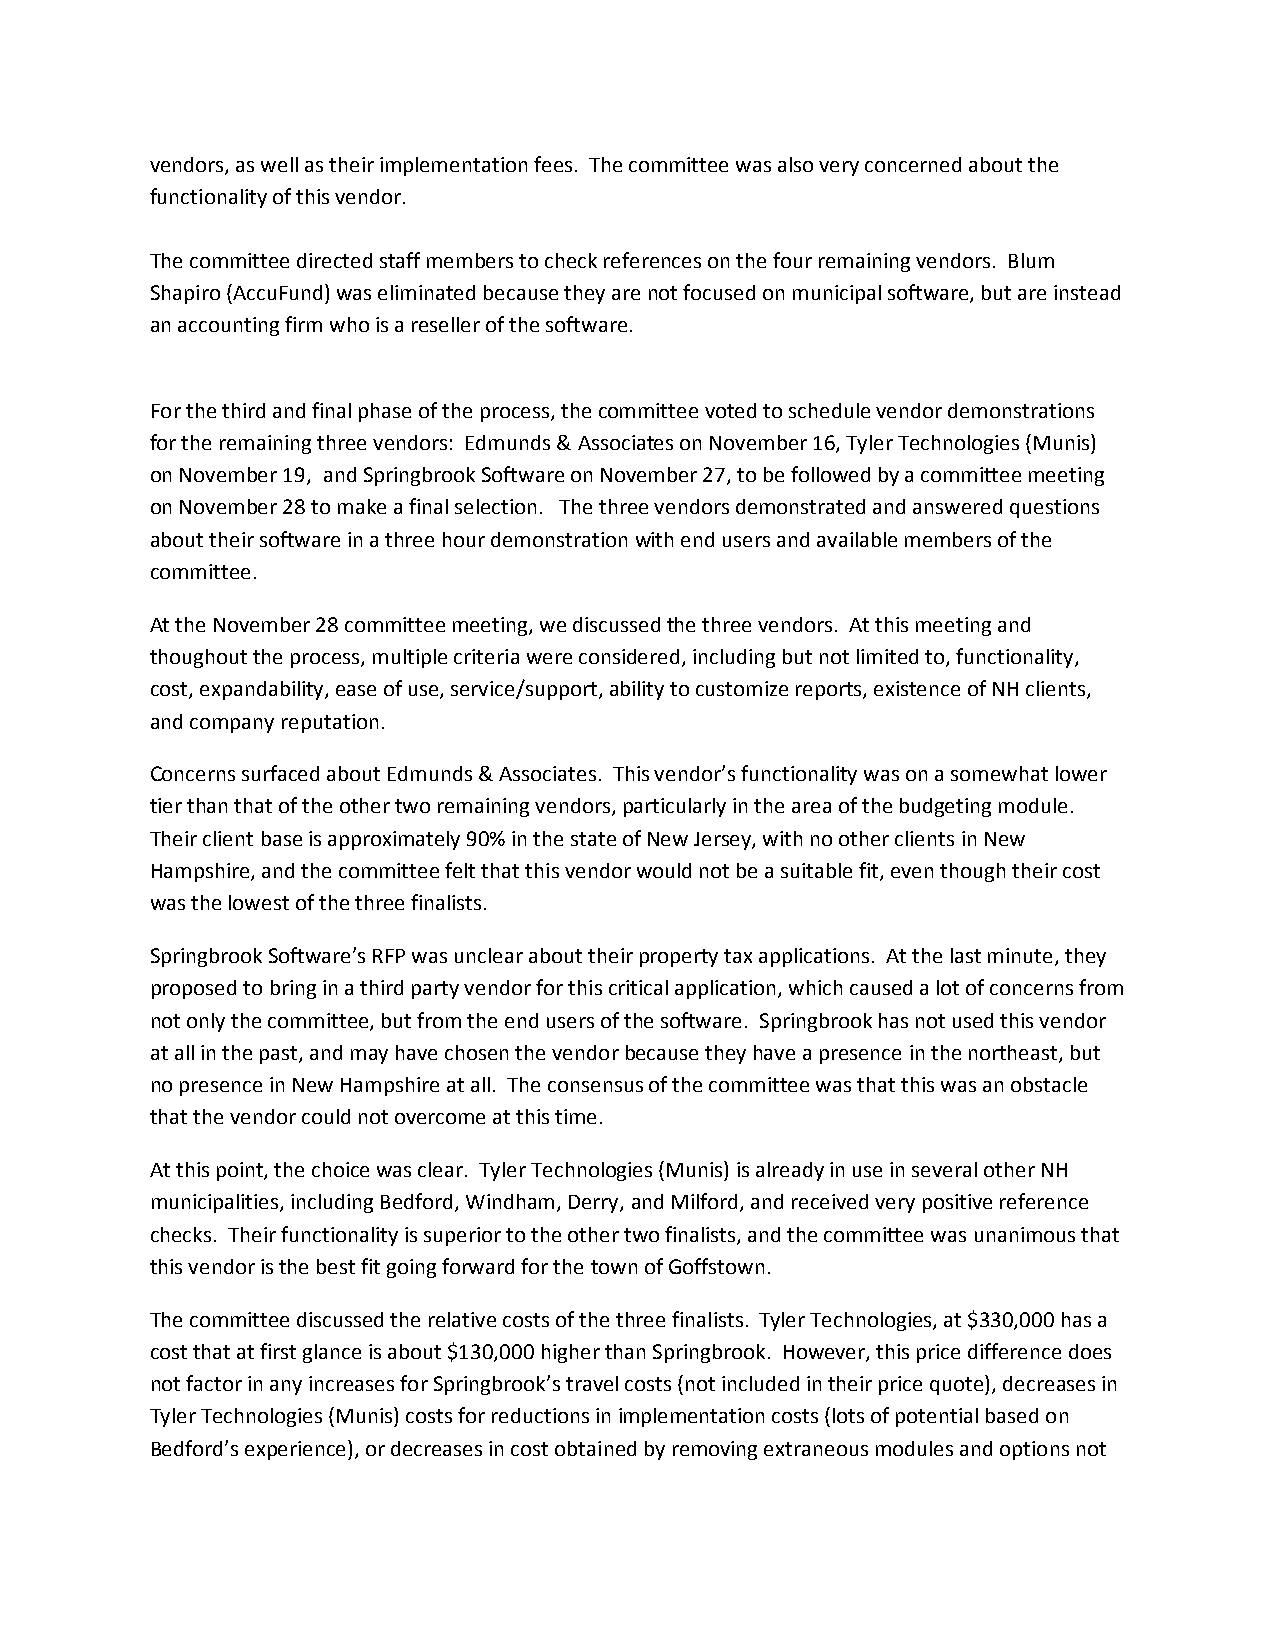
vendors, as well as their implementation fees. The committee was also very concerned about the
 functionality of this vendor.
 The committee directed staff members to check references on the four remaining vendors. Blum
 Shapiro (AccuFund) was eliminated because they are not focused on municipal software, but are instead
 an accounting firm who is a reseller of the software.
 For the third and final phase of the process, the committee voted to schedule vendor demonstrations
 for the remaining three vendors: Edmunds & Associates on November 16, Tyler Technologies (Munis)
 on November 19, and Springbrook Software on November 27, to be followed by a committee meeting
 on November 28 to make a final selection. The three vendors demonstrated and answered questions
 about their software in a three hour demonstration with end users and available members of the
 committee.
 At the November 28 committee meeting, we discussed the three vendors. At this meeting and
 thoughout the process, multiple criteria were considered, including but not limited to, functionality,
 cost, expandability, ease of use, service/support, ability to customize reports, existence of NH clients,
 and company reputation.
 Concerns surfaced about Edmunds & Associates. This vendor’s functionality was on a somewhat lower
 tier than that of the other two remaining vendors, particularly in the area of the budgeting module.
 Their client base is approximately 90% in the state of New Jersey, with no other clients in New
 Hampshire, and the committee felt that this vendor would not be a suitable fit, even though their cost
 was the lowest of the three finalists.
 Springbrook Software’s RFP was unclear about their property tax applications. At the last minute, they
 proposed to bring in a third party vendor for this critical application, which caused a lot of concerns from
 not only the committee, but from the end users of the software. Springbrook has not used this vendor
 at all in the past, and may have chosen the vendor because they have a presence in the northeast, but
 no presence in New Hampshire at all. The consensus of the committee was that this was an obstacle
 that the vendor could not overcome at this time.
 At this point, the choice was clear. Tyler Technologies (Munis) is already in use in several other NH
 municipalities, including Bedford, Windham, Derry, and Milford, and received very positive reference
 checks. Their functionality is superior to the other two finalists, and the committee was unanimous that
 this vendor is the best fit going forward for the town of Goffstown.
 The committee discussed the relative costs of the three finalists. Tyler Technologies, at $330,000 has a
 cost that at first glance is about $130,000 higher than Springbrook. However, this price difference does
 not factor in any increases for Springbrook’s travel costs (not included in their price quote), decreases in
 Tyler Technologies (Munis) costs for reductions in implementation costs (lots of potential based on
 Bedford’s experience), or decreases in cost obtained by removing extraneous modules and options not